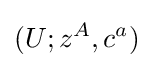
(U;z^{A},c^{a})